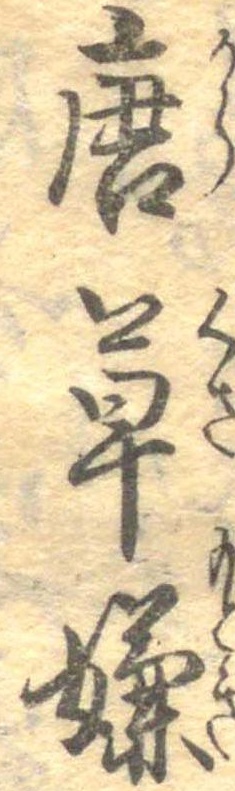
唐草嫌